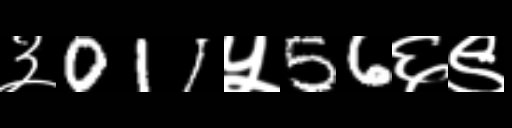
Text: ३011५56६९